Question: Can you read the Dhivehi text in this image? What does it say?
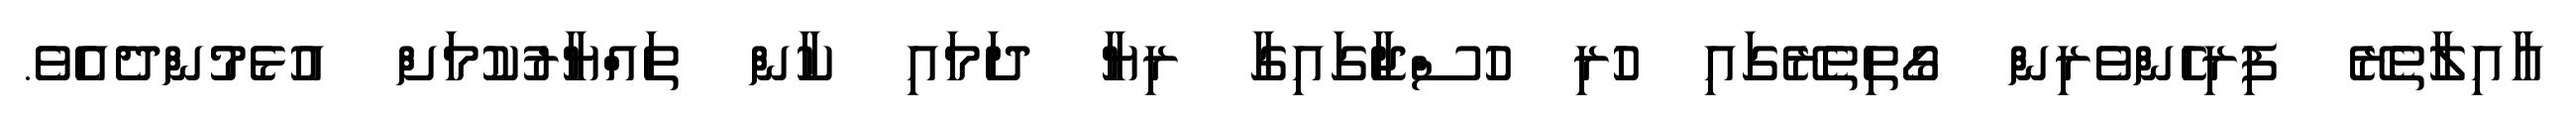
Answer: އާއިލާތެރޭ ފިރިހެންވެރިން ގޯތިތެރޭގައި ހުރި ހުސްޖާގައިގާ ރިޔާ ދަމައި ކާން ތައްޔާރުކުމަށް އުޅެމުންދެއެވެ.